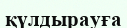
қүлдырауға